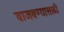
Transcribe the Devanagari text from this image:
वाजवण्यासाठी